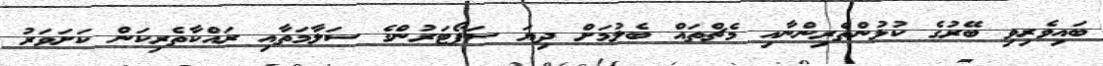
ބައިވެރިވި ބޭރުގެ ކުޅުންތެރިންނާއި މެޗްތައް ބެލުމަށް ދިޔަ ސަޕޯޓަރުންގެ ސަލާމަތާއި ރައްކާތެރިކަން ކަށަވަރު